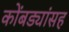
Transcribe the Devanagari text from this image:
कोंबड्यांसह